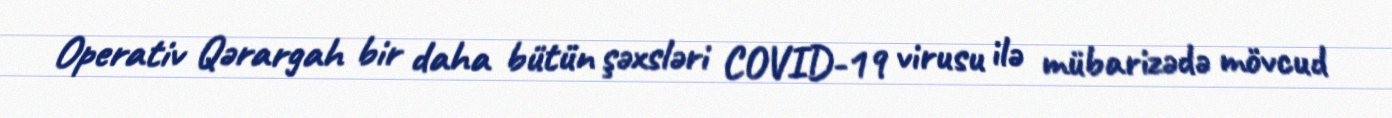
Operativ Qərargah bir daha bütün şəxsləri COVID-19 virusu ilə mübarizədə mövcud